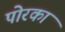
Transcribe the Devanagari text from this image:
पोरका